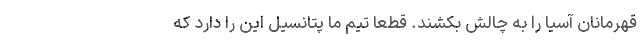
قهرمانان آسیا را به چالش بکشند. قطعا تیم ما پتانسیل این را دارد که